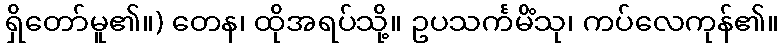
ရှိတော်မူ၏။) တေန၊ ထိုအရပ်သို့။ ဥပသင်္ကမိံသု၊ ကပ်လေကုန်၏။